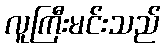
လူကြီးမင်းသည်